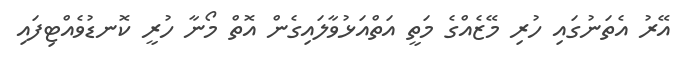
އޭރު އެތަނުގައި ހުރި މޭޒެއްގެ މަތީ އަތްއަޅުވާލައިގެން އޮތް މޯނާ ހުރީ ކޮނޑުވެއްޓިފައި